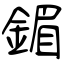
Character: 鎇